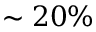
\sim 2 0 \%